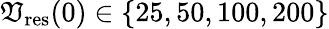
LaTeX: \mathfrak{V}_{\mathrm{{res}}}(0)\in\{ 25,50,100,200\}